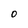
Character: O